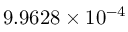
9 . 9 6 2 8 \times 1 0 ^ { - 4 }